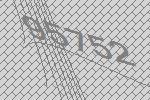
95752